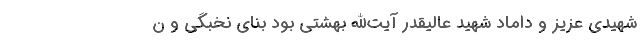
شهیدی عزیز و داماد شهید عالیقدر آیت‌الله بهشتی بود بنای نخبگی و ن